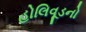
હોલિવૂડનો